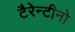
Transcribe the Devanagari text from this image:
टैरेन्टीनो